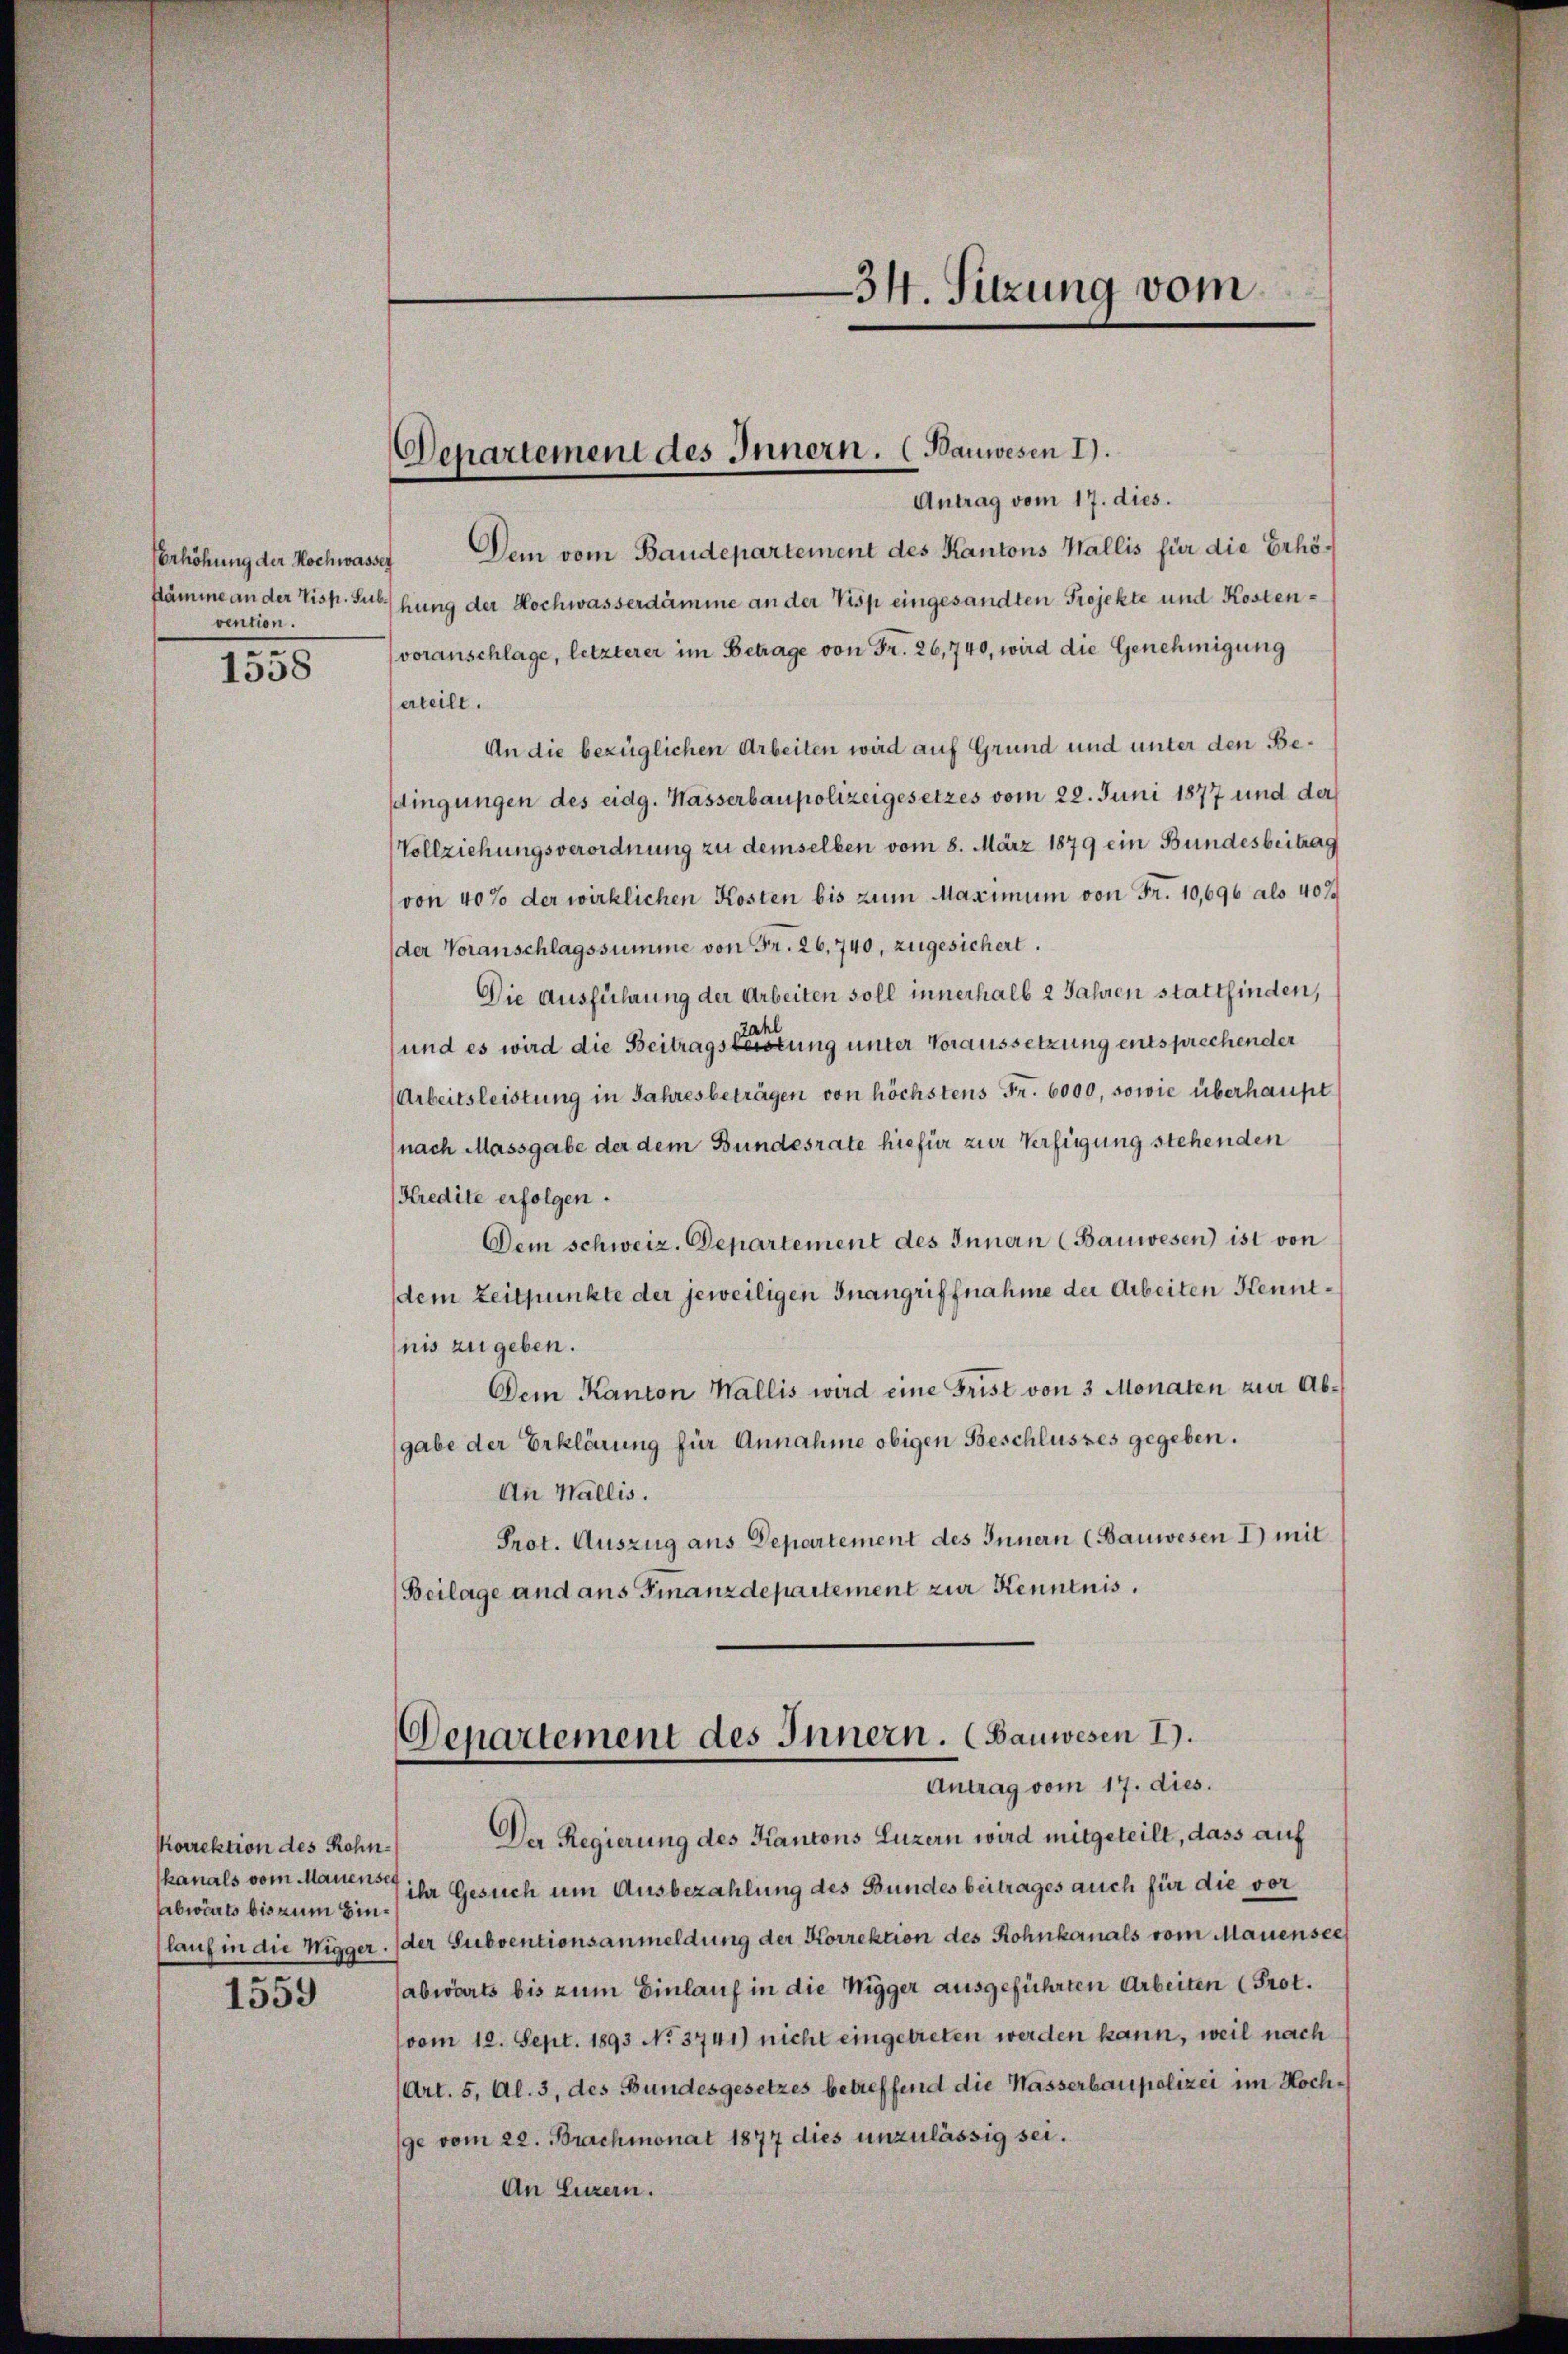
Verhöhung der Hochwasser
Stämme an der Tisp. Subvention.
e

1538

korrektion des Rohnabwärts bis zum Binlauf in die Wigger.
1559

Antrag vom 17. dies.
Dem vom Baudepartement des Kantons Wallis für die Erhöhung der Hochwasserdämme an der Visp eingesandten Projekte und Kostenvoranschlage, letzterer im Betrage von Fr. 26,740, wird die Genehmigung
erteilt.
An die bezüglichen Arbeiten wird auf Grund und unter den Bedingungen des eidg. Wasserbaupolizeigesetzes vom 22. Juni 1877 und der
Vollziehungsverordnung zu demselben vom 8. März 1879 ein Bundesbeitrag
von 40% der wirklichen Kosten bis zum Maximum von Fr. 10,696 als 407
der Voranschlagssumme von Fr. 26. 740, zugesichert.
Die Ausführung der Arbeiten soll innerhalb 2 Jahren stattfinden,
ah
und es wird die Beitragsleistung unter Voraussetzung entsprechender
Arbeitsleistung in Jahresbeträgen von höchstens Fr. 6000, sowie überhaupt
(nach Massgabe der dem Bundesrate hiefür zur Verfügung stehenden
(Kredite erfolgen.
Dem schweiz. Departement des Innern (Bauwesen) ist von
dem Zeitpunkte der jeweiligen Inangriffnahme der Arbeiten Kenntnis zu geben.
Dem Kanton Wallis wird eine Frist von 3 Monaten zur Abgabe der Erklärung für Annahme obigen Beschlusses gegeben.
An Wallis.
Prot. Auszug aus Departement des Innern (Bauwesen I) mit
(Beilage and ans Finanzdepartement zur Kenntnis.

34. Sitzung vom

Departement des Innern. (Bauwesen I.

Departement des Innern. (Bauwesen I.
Antrag vom 17. dies.

Der Regierung des Kantons Luzern wird mitgeteilt, dass auf
kanals vom Manten ihr Gesuch um Ausbezahlung des Bundes beitrages auch für die vor
der Subventionsanmeldung der Korrektion des Rohnkanals vom Mauensee
abwärts bis zum Einlauf in die Wigger ausgeführten Arbeiten (Prot.
vom 12. Sept. 1893 No 3741) nicht eingetreten werden kann, weil nach
(Art. 5, Al. 3, des Bundesgesetzes betreffend die Kasserbaupolizei im Hochge vom 22. Brachmonat 1877 dies unzulässig sei.
An Luzern.